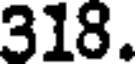
318.